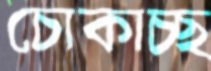
চোকাচ্ছ